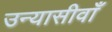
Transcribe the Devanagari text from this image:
उन्यासीवाँ